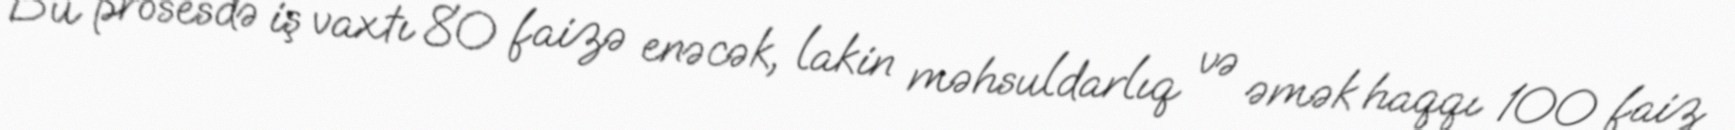
Bu prosesdə iş vaxtı 80 faizə enəcək, lakin məhsuldarlıq və əmək haqqı 100 faiz